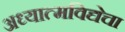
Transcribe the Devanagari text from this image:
अध्यात्मविद्येचा